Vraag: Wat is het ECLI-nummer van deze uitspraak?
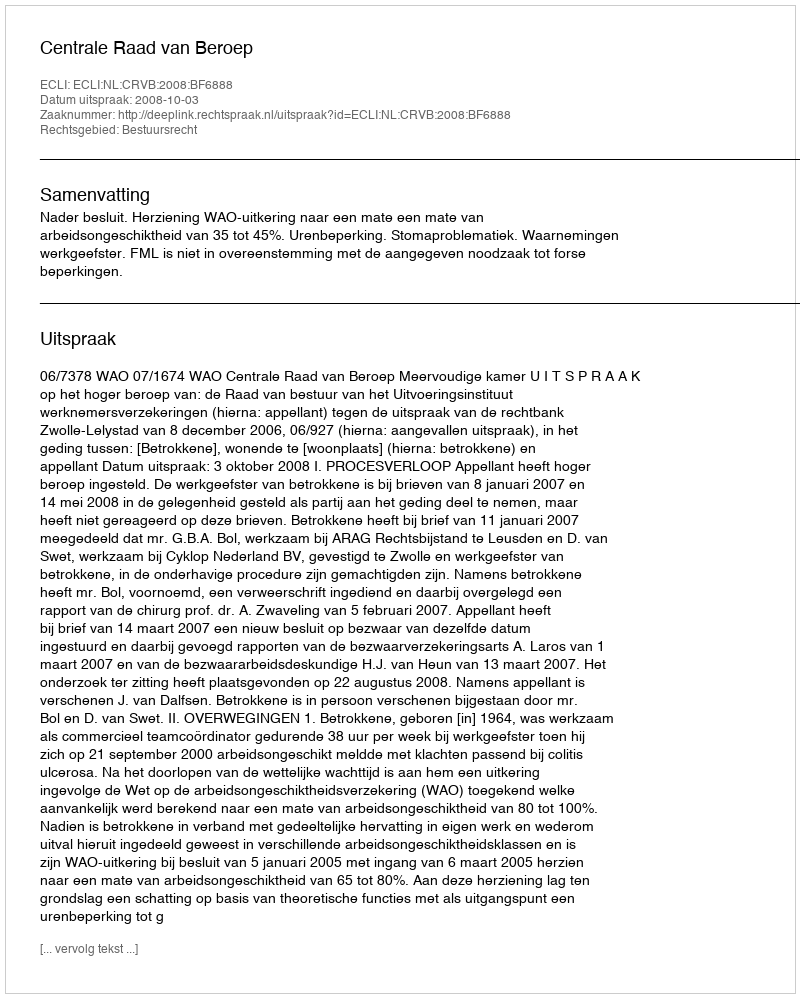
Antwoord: ECLI:NL:CRVB:2008:BF6888